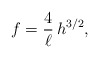
\begin{align*}f=\frac{4}{\ell}\,h^{3/2},\end{align*}